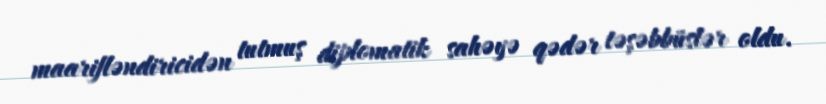
maarifləndiricidən tutmuş diplomatik sahəyə qədər təşəbbüslər oldu.